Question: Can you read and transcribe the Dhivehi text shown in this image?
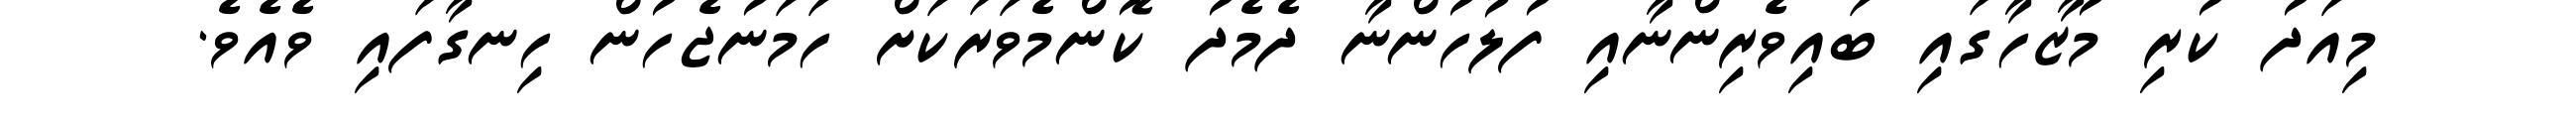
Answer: މިއަދު ކުރި މުޒާހާގައި ބައިވެރިންނާއި ފުލުހުންނާ ދެމެދު ކޮންމެވަރަކަށް ހަމަނުޖެހުން ހިނގާފައި ވެއެވެ.